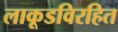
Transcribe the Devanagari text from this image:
लाकूडविरहित